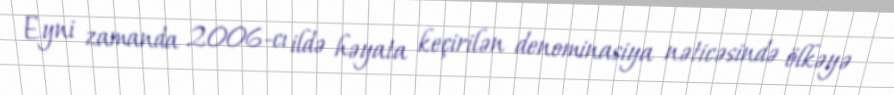
Eyni zamanda 2006-cı ildə həyata keçirilən denominasiya nəticəsində ölkəyə